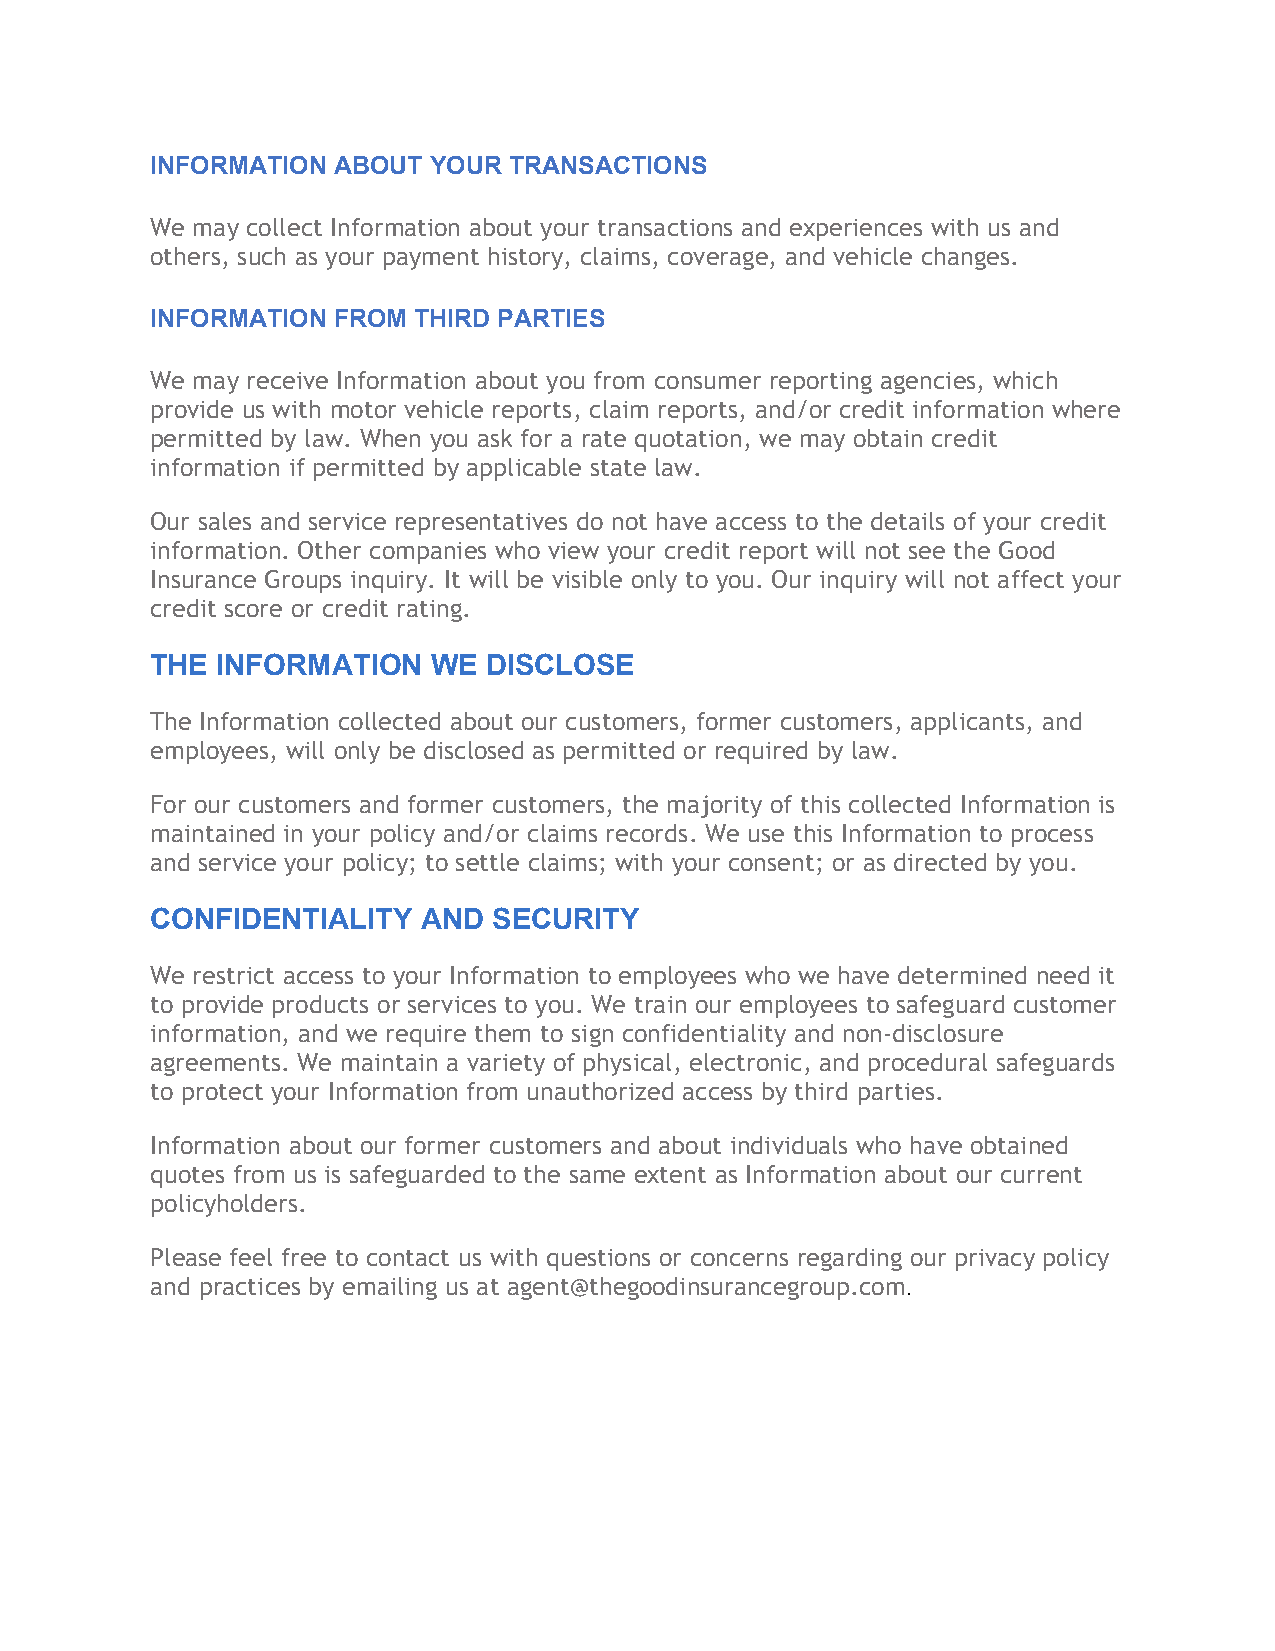
INFORMATION ABOUT YOUR  TRANSACTIONS
 We may collect Information about your transactions and experiences with us and
 others, such as your payment history, claims, coverage, and vehicle changes.
 INFORMATION FROM THIRD PARTIES
 We may receive Information about you from consumer reporting agencies, which
 provide us with motor vehicle reports, claim reports, and/or credit information where
 permitted by law. When you ask for a rate quotation, we may obtain credit
 information if permitted by applicable state law.
 Our sales and service representatives do not have access to the details of your credit
 information. Other companies who view your credit report will not see the Good
 Insurance Groups inquiry. It will be visible only to you. Our inquiry will not affect your
 credit score or credit rating.
 THE INFORMATION    WE DISCLOSE
 The Information collected about our customers, former customers, applicants, and
 employees, will only be disclosed as permitted or required by law.
 For our customers and former customers, the majority of this collected Information is
 maintained in your policy and/or claims records. We use this Information to process
 and service your policy; to settle claims; with your consent; or as directed by you.
 CONFIDENTIALITY   AND  SECURITY
 We restrict access to your Information to employees who we have determined need it
 to provide products or services to you. We train our employees to safeguard customer
 information, and we require them to sign confidentiality and non-disclosure
 agreements. We maintain a variety of physical, electronic, and procedural safeguards
 to protect your Information from unauthorized access by third parties.
 Information about our former customers and about individuals who have obtained
 quotes from us is safeguarded to the same extent as Information about our current
 policyholders.
 Please feel free to contact us with questions or concerns regarding our privacy policy
 and practices by emailing us at agent@thegoodinsurancegroup.com.